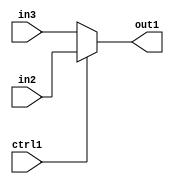
`timescale 1ps / 1ps
/*****************************************************************************
    Verilog RTL Description
    
    
    Created by: Stratus DpOpt 2019.1.01 
*******************************************************************************/

module bias_addr_gen_N_Mux_32_2_12_1 (
	in3,
	in2,
	ctrl1,
	out1
	); /* architecture "behavioural" */ 
input [31:0] in3,
	in2;
input  ctrl1;
output [31:0] out1;
wire [31:0] asc001;

reg [31:0] asc001_tmp_0;
assign asc001 = asc001_tmp_0;
always @ (ctrl1 or in2 or in3) begin
	case (ctrl1)
		1'B1 : asc001_tmp_0 = in2 ;
		default : asc001_tmp_0 = in3 ;
	endcase
end

assign out1 = asc001;
endmodule

/* CADENCE  uLjwSQo= : u9/ySgnWtBlWxVPRXgAZ4Og= ** DO NOT EDIT THIS LINE ******/